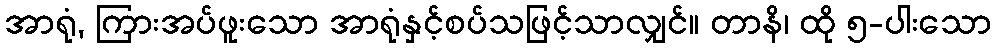
အာရုံ, ကြားအပ်ဖူးသော အာရုံနှင့်စပ်သဖြင့်သာလျှင်။ တာနိ၊ ထို ၅-ပါးသော